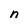
Character: n